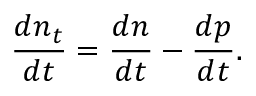
\frac { d n _ { t } } { d t } = \frac { d n } { d t } - \frac { d p } { d t } .